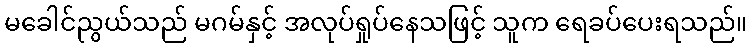
မခေါင်ညွယ်သည် မဂမ်နှင့် အလုပ်ရှုပ်နေသဖြင့် သူက ရေခပ်ပေးရသည်။